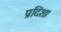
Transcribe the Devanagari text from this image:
प्रदिश।